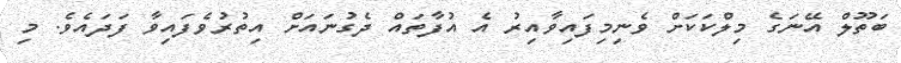
ބަތޫލް އޭނަގެ މިލްކަކަށް ވެނިމިފައިވާއިރު އެ އުފާތައް ދެގުނައަށް އިތުރުވެފައިވާ ފަދައެވެ. މި